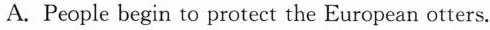
A. People begin to protect the European otters.